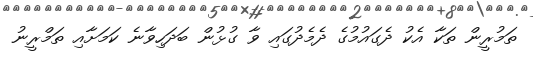
ތަމުރީން ތަކާ އެކު ދެގައުމުގެ ދެމެދުގައި ވާ ގުޅުން ބަދަހިވާނެ ކަމަށާއި ތަމްރީނު